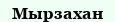
Мырзахан